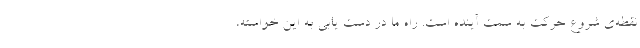
نقطه‌ی شروع حرکت به سمت آینده است. راه ما در دست یابی به این خواسته،